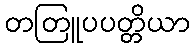
တတြူပပတ္တိယာ